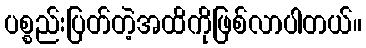
ပစ္စည်းပြတ်တဲ့အထိကိုဖြစ်လာပါတယ်။